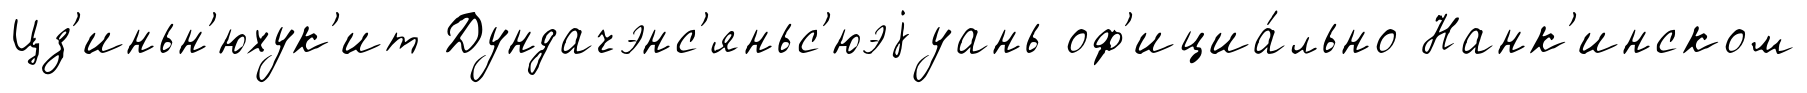
Цз'иньн'юхук'ит Дундачэнс'яньс'юэjуань оф'ициа́льно Нанк'инском